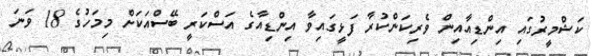
ކަޝްމީރުގައި އިންޑިއާއިން ވެރިކަންކުރާ ފަޅީގައިވާ އިންޑިއާގެ އަސްކަރީ ބޭސްއަކަށް މިމަހުގެ 18 ވަނަ